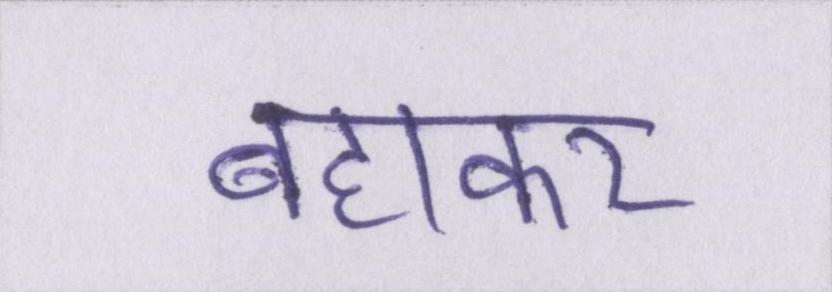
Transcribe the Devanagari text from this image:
बहाकर